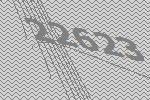
22623